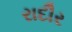
રાદૌર